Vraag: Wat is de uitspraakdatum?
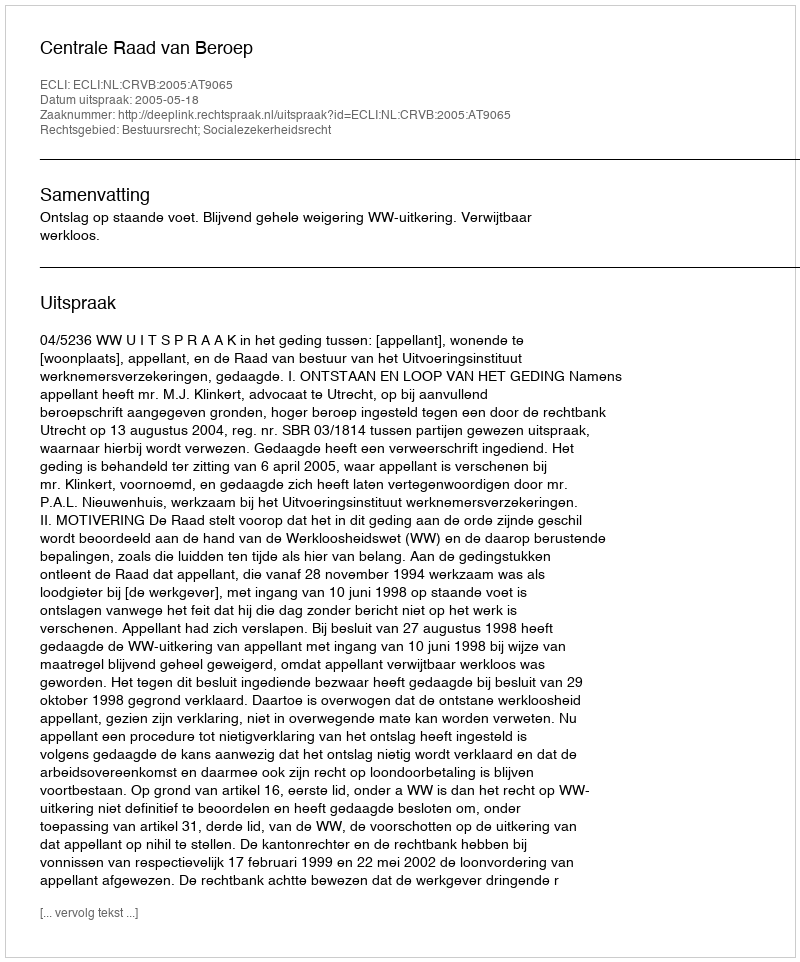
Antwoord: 2005-05-18